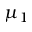
\mu _ { 1 }